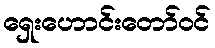
ရှေးဟောင်းတော်ဝင်